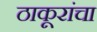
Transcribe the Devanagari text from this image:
ठाकूरांचा